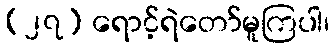
(၂၇) ရောင့်ရဲတော်မူကြပါ၊